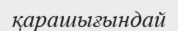
қарашығындай